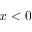
x < 0